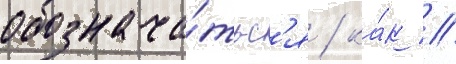
обознача́тьс'я / ка́к //